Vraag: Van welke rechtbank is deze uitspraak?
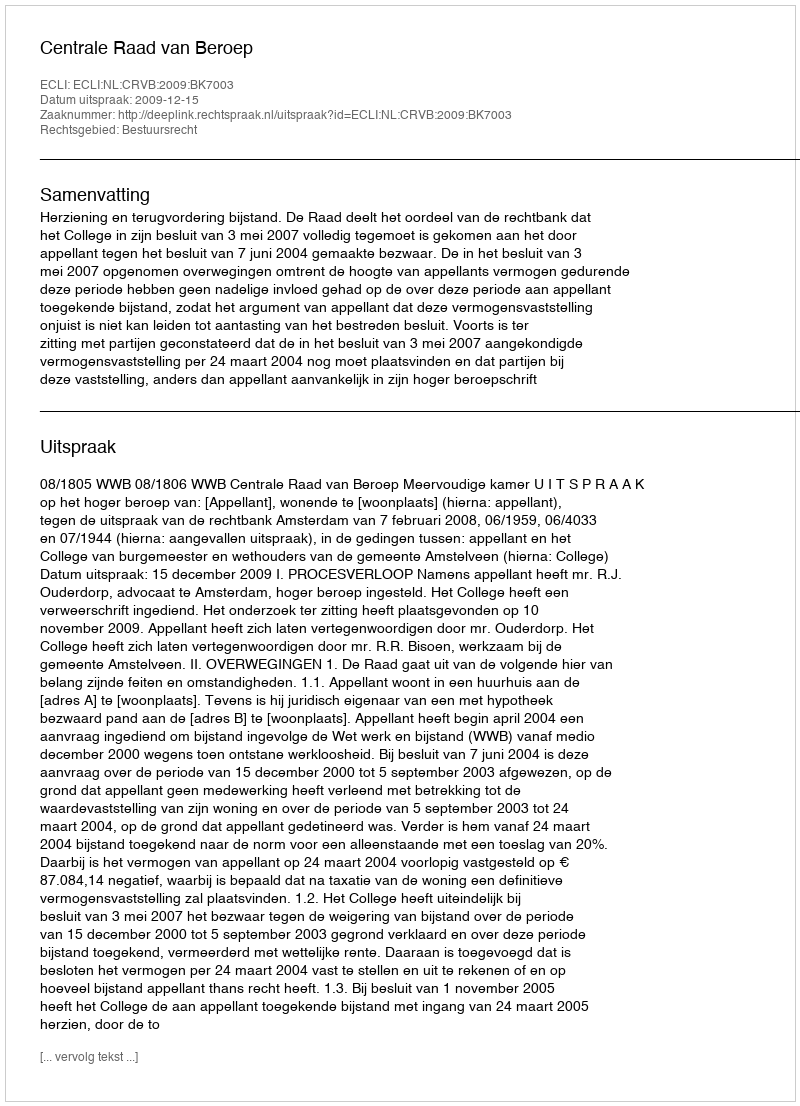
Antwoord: Centrale Raad van Beroep